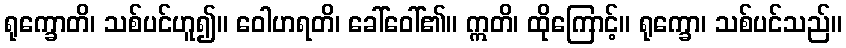
ရုက္ခောတိ၊ သစ်ပင်ဟူ၍။ ဝေါဟရတိ၊ ခေါ်ဝေါ်၏။ ဣတိ၊ ထိုကြောင့်။ ရုက္ခော၊ သစ်ပင်သည်။